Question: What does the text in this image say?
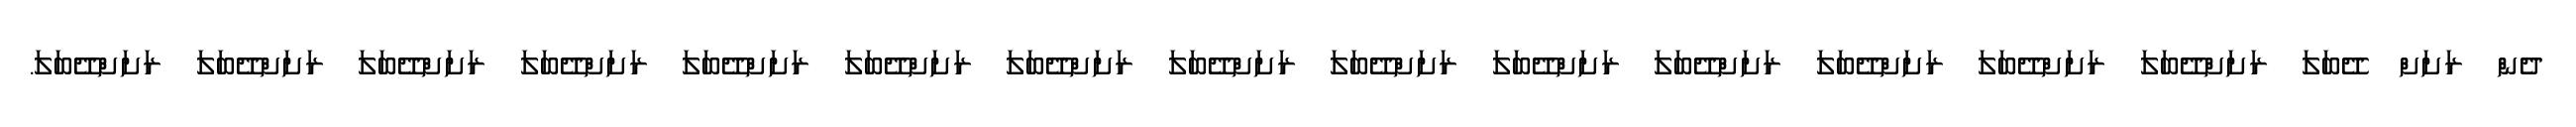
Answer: ދެން ރަށަށް ދޭބަލަ ރަށަށްދޭބަލަ ރަށަށްދޭބަލަ ރަށަށްދޭބަލަ ރަށަށްދޭބަލަ ރަށަށްދޭބަލަ ރަށަށްދޭބަލަ ރަށަށްދޭބަލަ ރަށަށްދޭބަލަ ރަށަށްދޭބަލަ ރަށަށްދޭބަލަ ރަށަށްދޭބަލަ ރަށަށްދޭބަލަ ރަށަށްދޭބަލަ ރަށަށްދޭބަލަ.